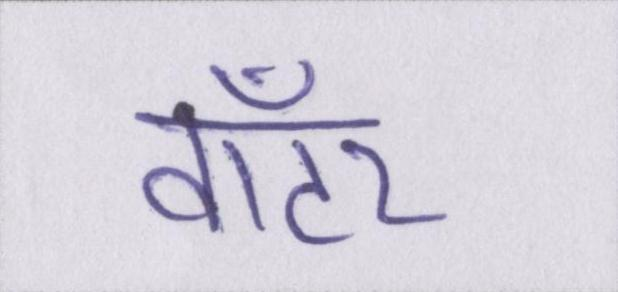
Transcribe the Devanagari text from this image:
वॉटर